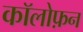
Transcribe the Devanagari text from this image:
कॉलोफ़न